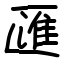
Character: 匯